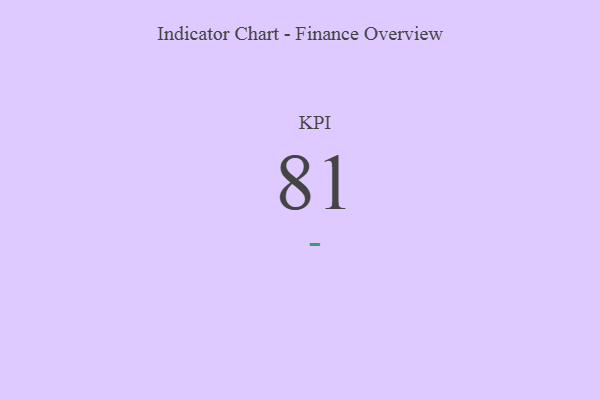
{"axis": {"x": "KPI", "y": "Value"}, "legend": [""], "data": [{"x": "KPI", "y": 81, "type": ""}]}